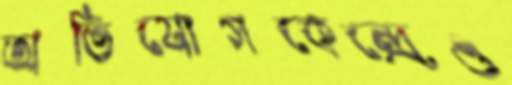
অভিযোগকেন্দ্রেও